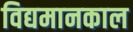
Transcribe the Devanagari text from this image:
विद्यमानकाल